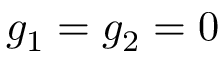
g _ { 1 } = g _ { 2 } = 0